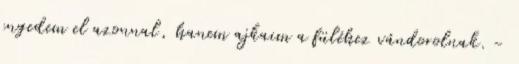
engedem el azonnal, hanem ajkaim a füléhez vándorolnak. -